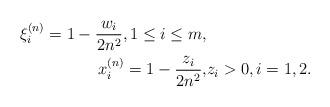
LaTeX: \begin{align*} \xi^{(n)}_i = 1 - \frac{w_i}{2 n^2}, 1 \le i \le m, & \\ x_i^{(n)} = 1 - \frac{z_i}{2n^2}, & z_i > 0, i = 1, 2. \end{align*}